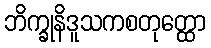
ဘိက္ခုနိဒူသကစတုတ္ထော